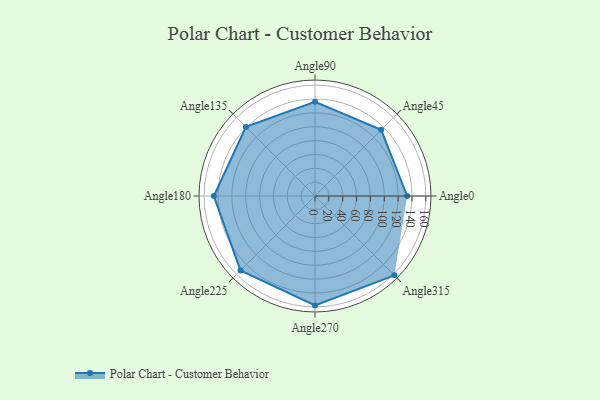
{"axis": {"x": "Angle", "y": "Radius"}, "legend": [""], "data": [{"x": "Angle0", "y": 133.0, "type": ""}, {"x": "Angle45", "y": 135.0, "type": ""}, {"x": "Angle90", "y": 136.0, "type": ""}, {"x": "Angle135", "y": 141.0, "type": ""}, {"x": "Angle180", "y": 146.0, "type": ""}, {"x": "Angle225", "y": 152.0, "type": ""}, {"x": "Angle270", "y": 158.0, "type": ""}, {"x": "Angle315", "y": 162.0, "type": ""}]}